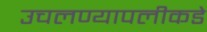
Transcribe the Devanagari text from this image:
उचलण्यापलीकडे